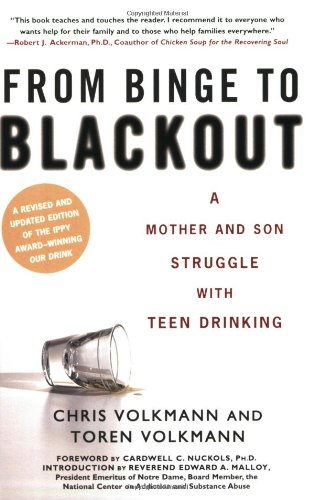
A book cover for From Binge to Blackout: A Mother and Son Struggle with Teen Drinking; Chris Volkmann; Health, Fitness & Dieting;